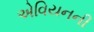
એવિયનની